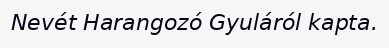
Nevét Harangozó Gyuláról kapta.